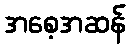
အစေ့အဆန်